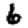
Digit: 6